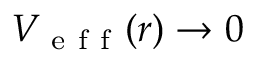
V _ { \mathrm { ~ e ~ f ~ f ~ } } ( r ) \rightarrow 0